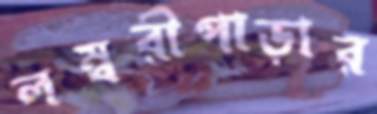
লম্বরীপাড়ার